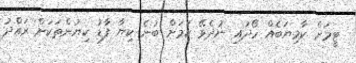
ޓީމަށް ކާމިޔަބެއް ހޯދައި ނުދެވޭ ކަމަށް ބުނެ ކިޔާ ފާޑު ކިޔުންތަކަށް ރައްދު